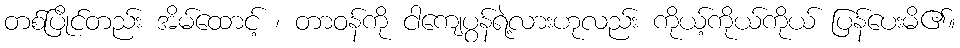
တစ်ပြိုင်တည်း အိမ်ထောင့် ၊ တာဝန်ကို ငါကျေပွန်ရဲ့လားဟုလည်း ကိုယ့်ကိုယ်ကိုယ် ပြန်ပေးမိ၏။